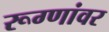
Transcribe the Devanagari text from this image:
रूग्णांवर